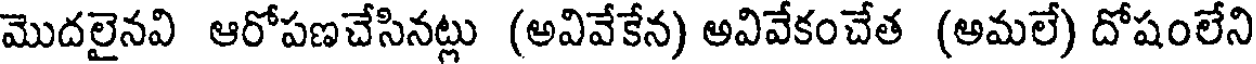
మొదలైనవి ఆరోపణచేసినట్లు (అవివేకేన) అవివేకంచేత (అమలే) దోషంలేని